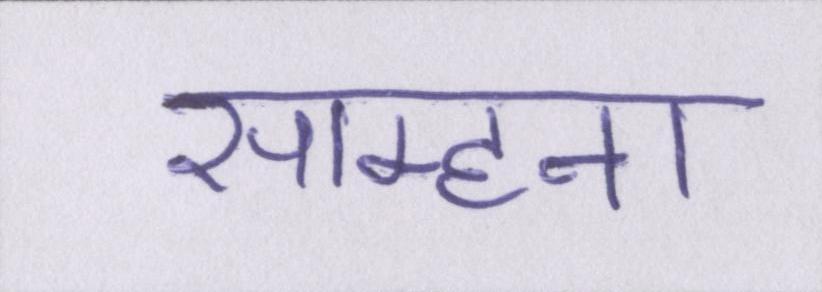
साम्हना